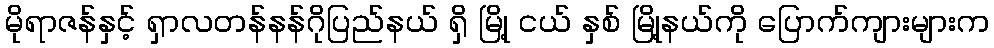
မိုရာဇန်နှင့် ရှာလတန်နန်ဂိုပြည်နယ် ရှိ မြို့ ငယ် နှစ် မြို့နယ်ကို ပြောက်ကျားများက